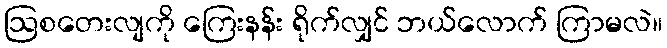
ဩစတေးလျကို ကြေးနန်း ရိုက်လျှင် ဘယ်လောက် ကြာမလဲ။